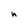
Character: h